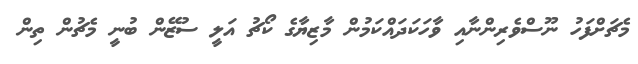
މެޗަށްފަހު ނޫސްވެރިންނާއި ވާހަކަދައްކަމުން މާޒިޔާގެ ކޯޗު އަލީ ސުޒޭން ބުނީ މެޗުން ތިން